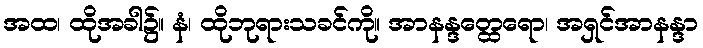
အထ၊ ထိုအခါ၌။ နံ၊ ထိုဘုရားသခင်ကို။ အာနန္ဒတ္ထေရော၊ အရှင်အာနန္ဒာ